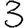
Digit: 3